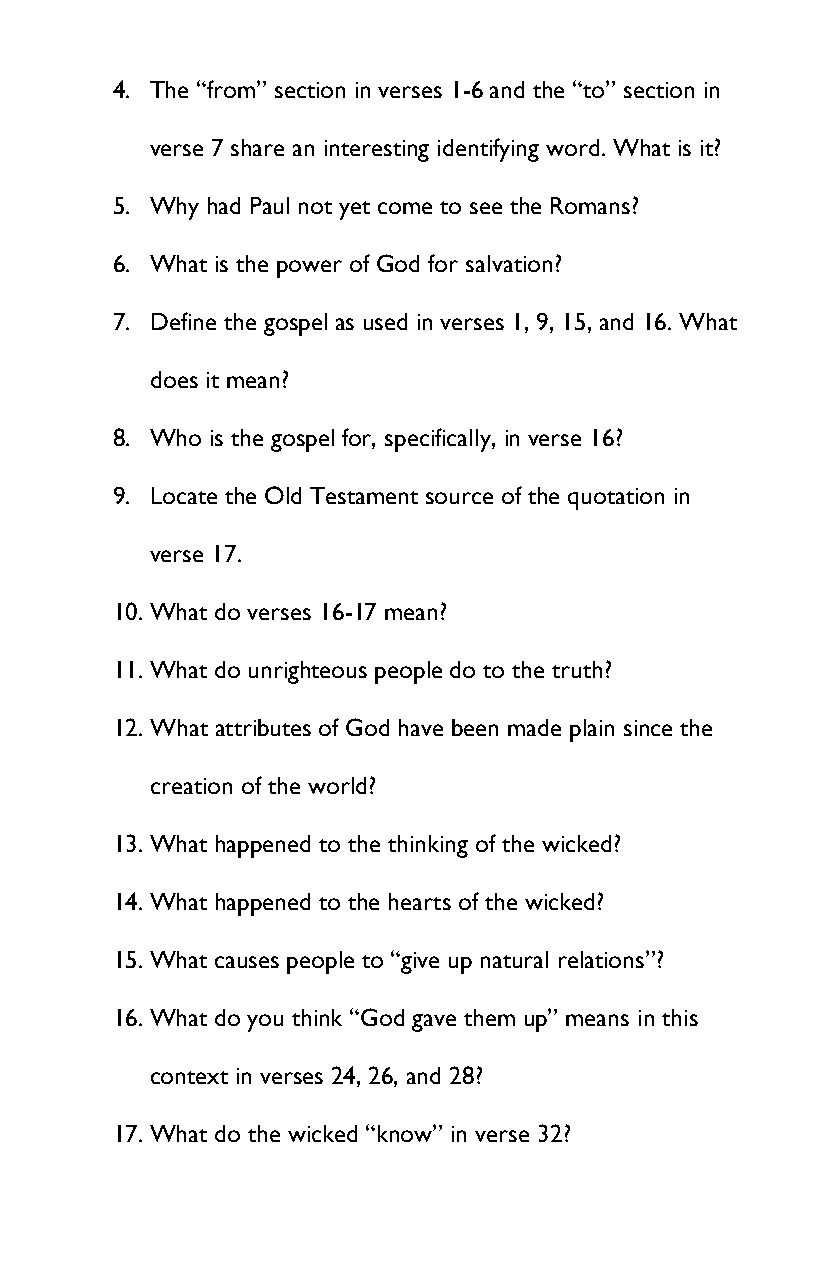
4. The “from” section in verses 1-6 and the “to” section in
 verse 7 share an interesting identifying word. What is it?
 5. Why had Paul not yet come to see the Romans?
 6. What is the power of God for salvation?
 7. Define the gospel as used in verses 1, 9, 15, and 16. What
 does it mean?
 8. Who is the gospel for, specifically, in verse 16?
 9. Locate the Old Testament source of the quotation in
 verse 17.
 10. What do verses 16-17 mean?
 11. What do unrighteous people do to the truth?
 12. What attributes of God have been made plain since the
 creation of the world?
 13. What happened to the thinking of the wicked?
 14. What happened to the hearts of the wicked?
 15. What causes people to “give up natural relations”?
 16. What do you think “God gave them up” means in this
 context in verses 24, 26, and 28?
 17. What do the wicked “know” in verse 32?